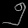
Digit: ၅